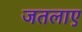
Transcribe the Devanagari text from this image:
जतलाए